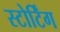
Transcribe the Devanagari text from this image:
स्टोर्टिंग